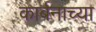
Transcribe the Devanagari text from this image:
कार्बनाच्या